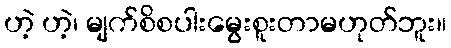
ဟဲ့ ဟဲ့၊ မျက်စိစပါးမွေးစူးတာမဟုတ်ဘူး။